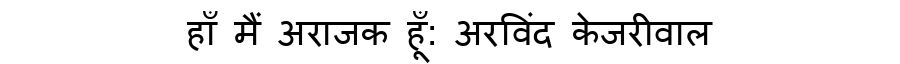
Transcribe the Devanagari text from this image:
हाँ मैं अराजक हूँ: अरविंद केजरीवाल